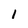
Character: 1